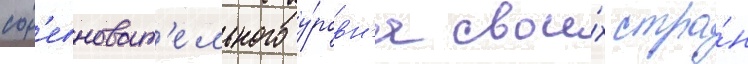
сор'евноват'ельного у́ровн'я свои́х стра́н